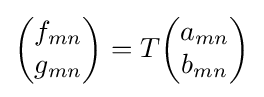
{\begin{pmatrix}f_{mn}\\g_{mn}\end{pmatrix}}=T{\begin{pmatrix}a_{mn}\\b_{mn}\end{pmatrix}}